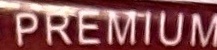
PREMIUM